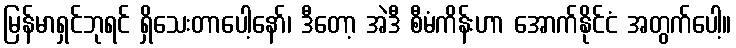
မြန်မာရှင်ဘုရင် ရှိသေးတာပေါ့နော်၊ ဒီတော့ အဲဒီ စီမံကိန်းဟာ အောက်နိုင်ငံ အတွက်ပေါ့။